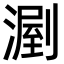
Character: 𣼉